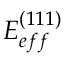
E _ { e f f } ^ { ( 1 1 1 ) }